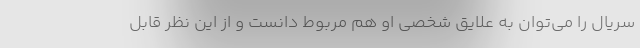
سریال را می‌توان به علایق شخصی او هم مربوط دانست و از این نظر قابل